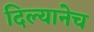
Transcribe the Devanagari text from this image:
दिल्यानेच